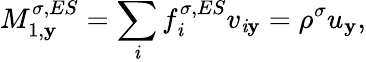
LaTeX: M_{1,\mathbf{y}}^{\sigma,ES}=\sum_{\mathit{i}}f_{\mathit{i}}^{\sigma,ES}v_{\mathit{i}\mathbf{y}}=\rho^{\sigma}u_{\mathbf{y}},